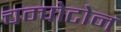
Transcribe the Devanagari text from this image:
चम्पोटोन